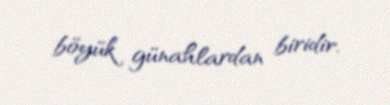
böyük günahlardan biridir.